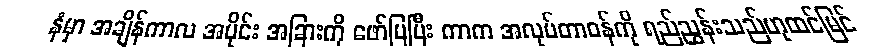
နံမှာ အချိန်ကာလ အပိုင်း အခြားကို ဖော်ပြပြီး ကာက အလုပ်တာဝန်ကို ရည်ညွှန်းသည်ဟုထင်မြင်